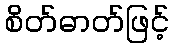
စိတ်ဓာတ်ဖြင့်